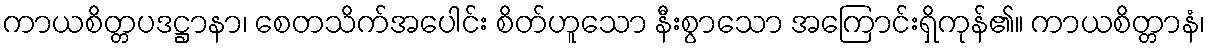
ကာယစိတ္တပဒဋ္ဌာနာ၊ စေတသိက်အပေါင်း စိတ်ဟူသော နီးစွာသော အကြောင်းရှိကုန်၏။ ကာယစိတ္တာနံ၊